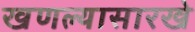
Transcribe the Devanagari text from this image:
खणल्यासारखे